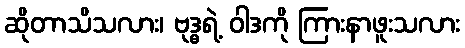
ဆိုတာသိသလား၊ ဗုဒ္ဓရဲ့ ဝါဒကို ကြားနာဖူးသလား